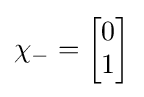
\chi _{-}={\begin{bmatrix}0\\1\\\end{bmatrix}}